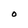
Character: O